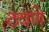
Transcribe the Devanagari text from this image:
ठवणे